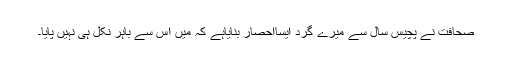
صحافت نے پچیس سال سے میرے گرد ایسااحصار بنایاہے کہ میں اس سے باہر نکل ہی نہیں پایا۔